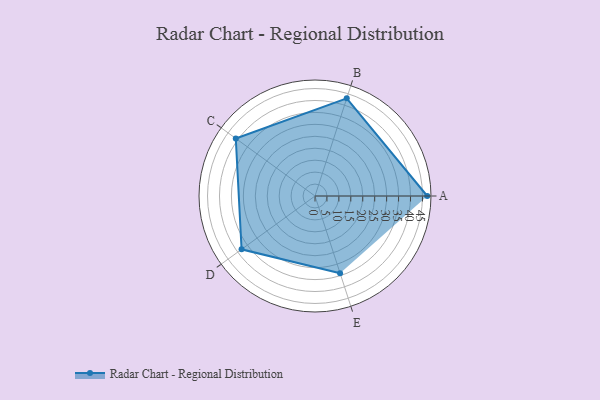
{"axis": {"x": "Skill", "y": "Score"}, "legend": ["Profile"], "data": [{"x": "A", "y": 47.0, "type": "Profile"}, {"x": "B", "y": 43.0, "type": "Profile"}, {"x": "C", "y": 41.0, "type": "Profile"}, {"x": "D", "y": 38.0, "type": "Profile"}, {"x": "E", "y": 34.0, "type": "Profile"}]}